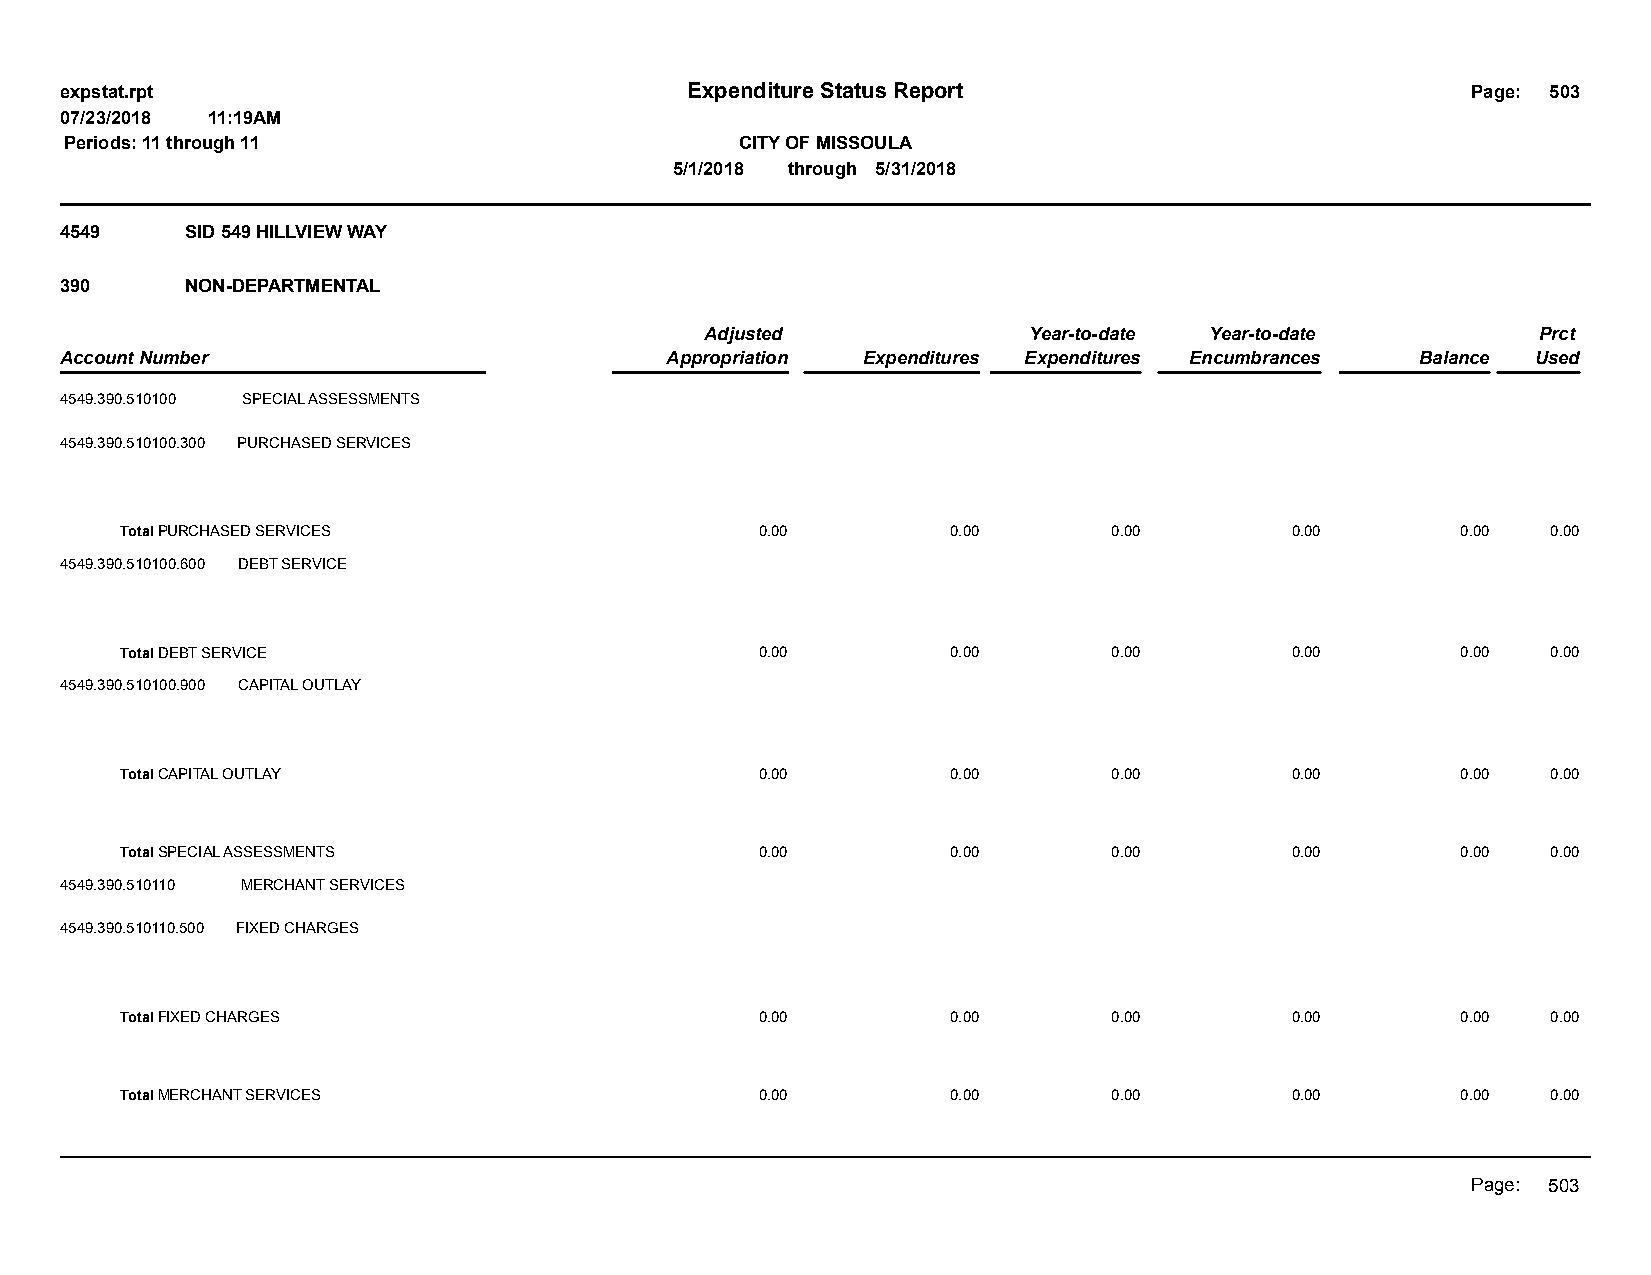
expstat.rpt                              Expenditure Status Report                           Page: 503
 07/23/2018 11:19AM
 Periods: 11 through 11                       CITY OF MISSOULA
 5/1/2018 through 5/31/2018
 4549    SID 549 HILLVIEW WAY
 390     NON-DEPARTMENTAL
 Adjusted             Year-to-date Year-to-date         Prct
 Account Number                          Appropriation Expenditures Expenditures Encumbrances Balance Used
 4549.390.510100 SPECIAL ASSESSMENTS
 4549.390.510100.300 PURCHASED SERVICES
 Total PURCHASED SERVICES                  0.00         0.00       0.00       0.00        0.00  0.00
 4549.390.510100.600 DEBT SERVICE
 Total DEBT SERVICE                        0.00         0.00       0.00       0.00        0.00  0.00
 4549.390.510100.900 CAPITAL OUTLAY
 Total CAPITAL OUTLAY                      0.00         0.00       0.00       0.00        0.00  0.00
 Total SPECIAL ASSESSMENTS                 0.00         0.00       0.00       0.00        0.00  0.00
 4549.390.510110 MERCHANT SERVICES
 4549.390.510110.500 FIXED CHARGES
 Total FIXED CHARGES                       0.00         0.00       0.00       0.00        0.00  0.00
 Total MERCHANT SERVICES                   0.00         0.00       0.00       0.00        0.00  0.00
 Page: 503